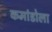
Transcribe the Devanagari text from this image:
कमांडोला